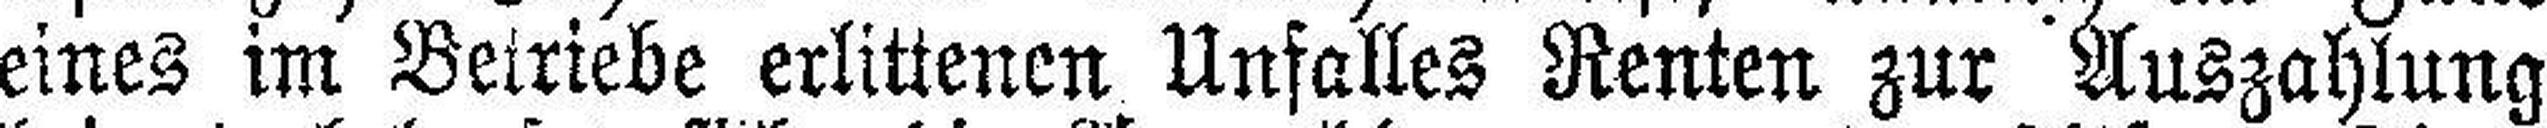
eines im Betriebe erlittenen Unfalles Renten zur Auszahlung